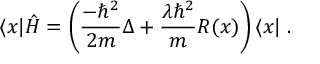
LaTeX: \langle x | \hat { H } = \left( \frac { - \hbar ^ { 2 } } { 2 m } \Delta + \frac { \lambda \hbar ^ { 2 } } { m } R ( x ) \right) \langle x | \; .